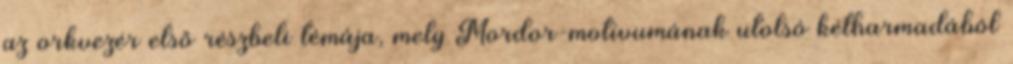
az orkvezér első részbeli témája, mely Mordor-motívumának utolsó kétharmadából